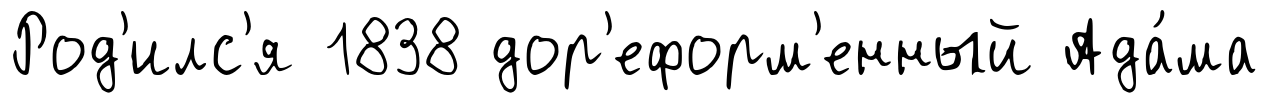
Род'илс'я 1838 дор'еформ'енный Ада́ма